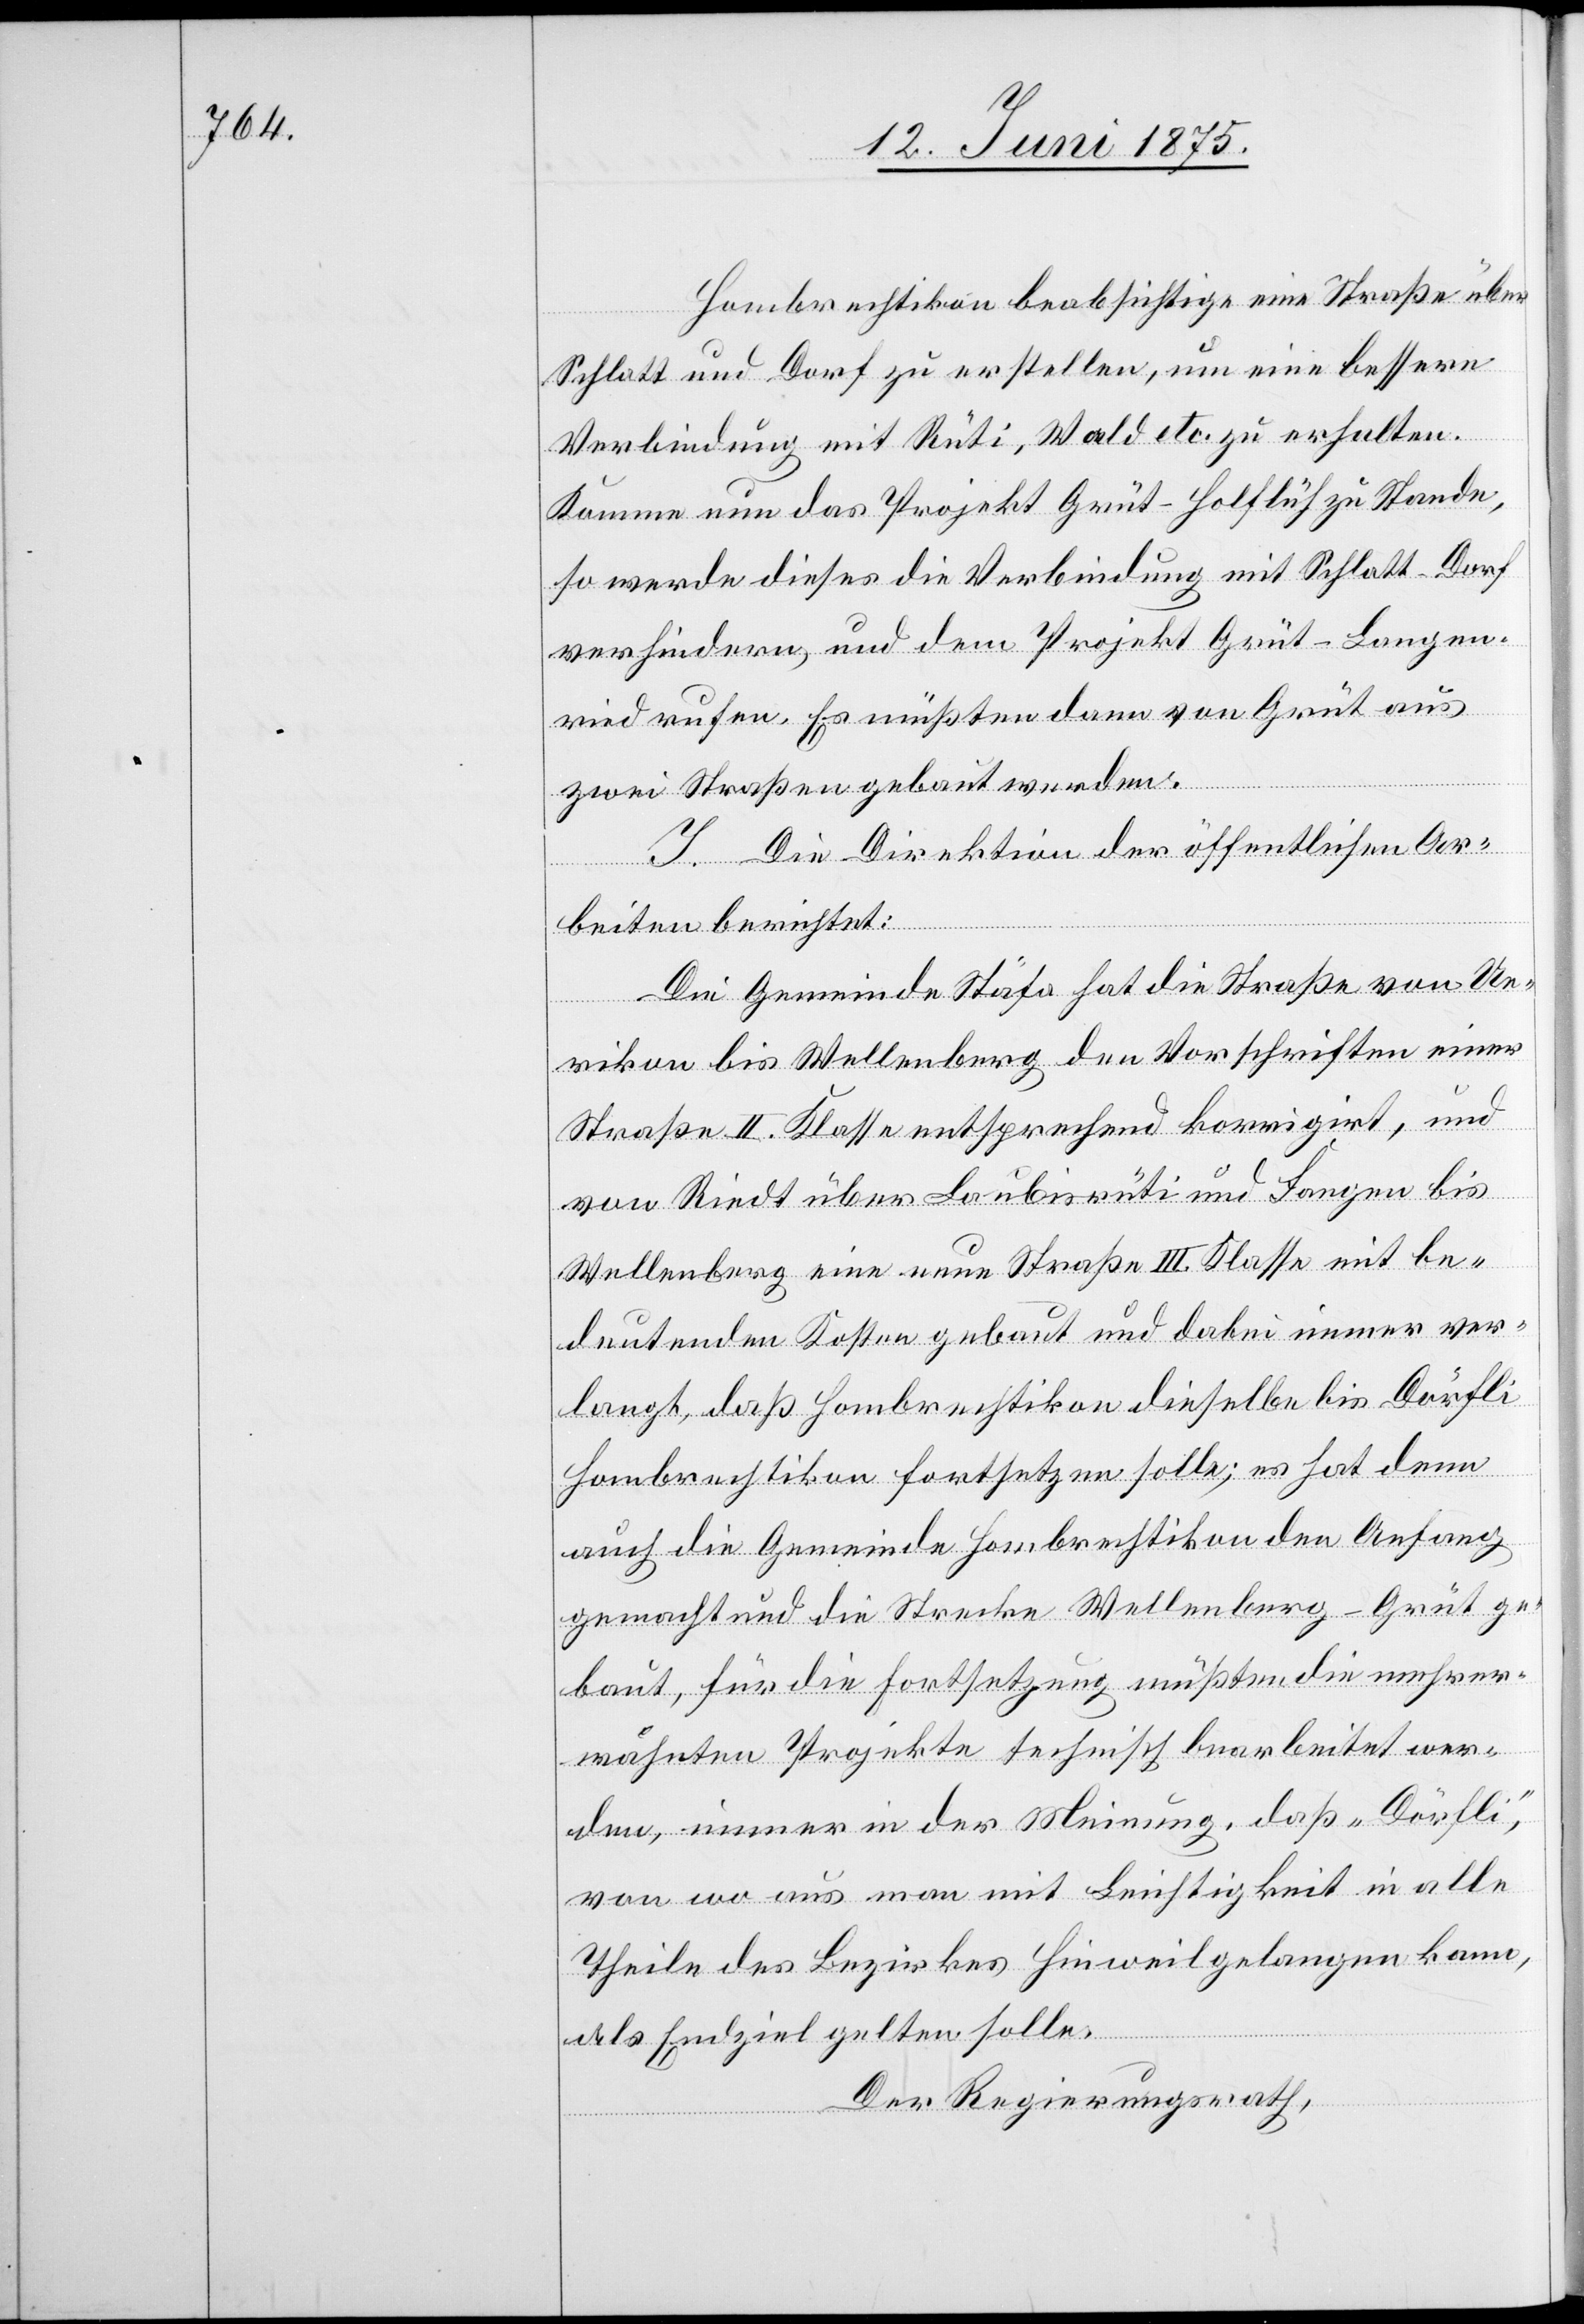
Hombrechtikon beabsichtige eine Straße über
Schlatt und Dorf zu erstellen, um eine bessere
Verbindung mit Rüti, Wald etc. zu erhalten.
Komme nun das Projekt Grüt–Ho[h]lflüh zu Stande,
so werde dieses die Verbindung mit Schlatt - Dorf
verhindern, und dem Projekt Grüt–Langen¬
ried rufen. Es müßten dann von Grüt aus
zwei Straßen gebaut werden.
I. Die Direktion der öffentlichen Ar¬
beiten berichtet:
Die Gemeinde Stäfa hat die Straße von Ue¬
rikon bis Wellenberg den Vorschriften einer
Straße II. Klasse entsprechend korrigirt, und
von Riedt über Laubisrüti und Fangen bis
Wellenberg eine neue Straße III. Klasse mit be¬
deutenden Kosten gebaut und dabei immer ver¬
langt, daß Hombrechtikon dieselbe bis Dörfli
Hombrechtikon fortsetzen solle; es hat denn
auch die Gemeinde Hombrechtikon den Anfang
gemacht und die Strecke Wellenberg–Grüt ge¬
baut, für die Fortsetzung müßten die mehrer¬
wähnten Projekte technisch bearbeitet wer¬
den, immer in der Meinung, daß „Dörfli“,
von wo aus man mit Leichtigkeit in alle
Theile des Bezirkes Hinweil gelangen kann,
als Endziel gelten solle.
Der Regierungsrath,